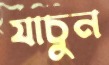
যাচুন